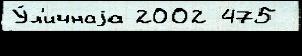
У́л'ичнаjа 2002 475